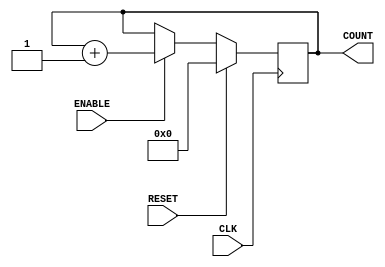
module counter64 (COUNT, CLK, ENABLE, RESET);
   
   output [63:0] COUNT;
   input 	      CLK;
   input 	      ENABLE;
   input 	      RESET;

   reg [63:0]    COUNT;

   always @(posedge CLK)
     if (RESET)
	  	 //#1
       COUNT <= 0;
     else if (ENABLE)
	  begin
	  	 //#1
       COUNT <= COUNT + 1;
	  end

endmodule // counter//